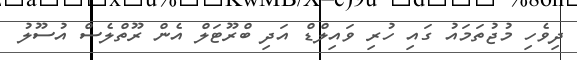
ދިވެހި މުޖުތަމައު ގައި ހުރި ވައިލްޑް އަދި ބްރޫޓަލް އެން ރޫތްލެސް އުސޫލު